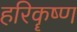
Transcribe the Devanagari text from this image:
हरिकॄष्ण